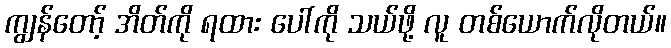
ကျွန်တော့် အိတ်ကို ရထား ပေါ်ကို သယ်ဖို့ လူ တစ်ယောက်လိုတယ်။